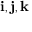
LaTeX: \mathbf { i } , \mathbf { j } , \mathbf { k }